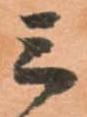
三